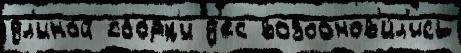
дл'ино́й сбо́рк'и д'ес возобнов'и́л'ись